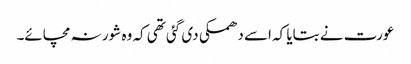
عورت نے بتایا کہ اسے دھمکی دی گئی تھی کہ وہ شور نہ مچائے۔